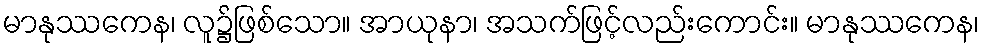
မာနုဿကေန၊ လူ၌ဖြစ်သော။ အာယုနာ၊ အသက်ဖြင့်လည်းကောင်း။ မာနုဿကေန၊